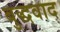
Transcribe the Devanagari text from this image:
बुद्धवाद